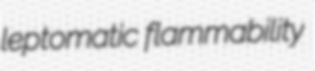
leptomatic flammability